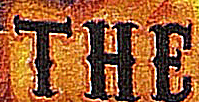
THE